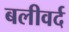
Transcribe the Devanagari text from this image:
बलीवर्द